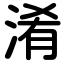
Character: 淆